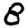
Digit: 8